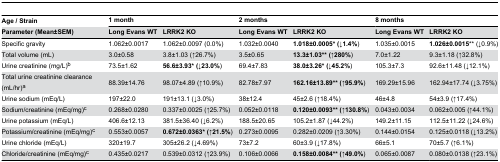
<table><thead><tr><td><b>Age / Strain</b></td><td colspan="2"><b>1 month</b></td><td colspan="2"><b>2 months</b></td><td colspan="2"><b>8 months</b></td></tr><tr><td><b>Parameter (Mean±SEM)</b></td><td><b>Long Evans WT</b></td><td><b>LRRK2 KO</b></td><td><b>Long Evans WT</b></td><td><b>LRRK2 KO</b></td><td><b>Long Evans WT</b></td><td><b>LRRK2 KO</b></td></tr></thead><tbody><tr><td>Specific gravity</td><td>1.062±0.0017</td><td>1.062±0.0097 (0.0%)</td><td>1.032±0.0040</td><td><b>1.018±0.0005* (↓1.4%</b>)</td><td>1.035±0.0015</td><td><b>1.026±0.0015</b>** (↓0.9%)</td></tr><tr><td>Total volume (mL)</td><td>3.0±0.58</td><td>3.8±1.03 (↑26.7%)</td><td>3.5±0.65</td><td><b>13.3±1.03** (↑280%</b>)</td><td>7.0±1.22</td><td>9.3±1.18 (↑32.8%)</td></tr><tr><td>Urine creatinine (mg/L)<sup>b</sup></td><td>73.5±1.62</td><td><b>56.6±3.93* (↓23.0%</b>)</td><td>69.4±7.83</td><td><b>38.0±3.26* (↓45.2%</b>)</td><td>105.3±7.3</td><td>92.6±11.48 (↓12.1%)</td></tr><tr><td>Total urine creatinine clearance (mL/hr)<sup>a</sup></td><td>88.39±14.76</td><td>98.07±4.89 (↑10.9%)</td><td>82.78±7.97</td><td><b>162.16±13.89** (↑95.9%</b>)</td><td>169.29±15.96</td><td>162.94±17.74 (↓3.75%)</td></tr><tr><td>Urine sodium (mEq/L)</td><td>197±22.0</td><td>191±13.1 (↓3.0%)</td><td>38±12.4</td><td>45±2.6 (↑18.4%)</td><td>46±4.8</td><td>54±3.9 (↑17.4%)</td></tr><tr><td>Sodium/creatinine (mEq/mg)<sup>c</sup></td><td>0.268±0.0280</td><td>0.337±0.0025 (↑25.7%)</td><td>0.052±0.0118</td><td><b>0.120±0.0093** (↑130.8%</b>)</td><td>0.043±0.0034</td><td>0.062±0.005 (↑44.1%)</td></tr><tr><td>Urine potassium (mEq/L)</td><td>406.6±12.13</td><td>381.5±36.40 (↓6.2%)</td><td>188.5±20.65</td><td>105.2±1.87 (↓44.2%)</td><td>149.2±11.15</td><td>112.5±11.22 (↓24.6%)</td></tr><tr><td>Potassium/creatinine (mEq/mg)<sup>c</sup></td><td>0.553±0.0057</td><td><b>0.672±0.0363* (↑21.5%</b>)</td><td>0.273±0.0095</td><td>0.282±0.0209 (↑3.30%)</td><td>0.144±0.0154</td><td>0.125±0.0118 (↓13.2%)</td></tr><tr><td>Urine chloride (mEq/L)</td><td>320±19.7</td><td>305±26.2 (↓4.69%)</td><td>73±7.2</td><td>60±3.9 (↓17.8%)</td><td>66±5.1</td><td>70±5.7 (↑6.1%)</td></tr><tr><td>Chloride/creatinine (mEq/mg)<sup>c</sup></td><td>0.435±0.0217</td><td>0.539±0.0312 (↑23.9%)</td><td>0.106±0.0066</td><td><b>0.158±0.0084** (↑49.0%</b>)</td><td>0.065±0.0087</td><td>0.080±0.0138 (↑23.1%)</td></tr></tbody></table>